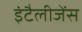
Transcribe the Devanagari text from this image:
इंटैलीजेंस